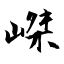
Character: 嵥